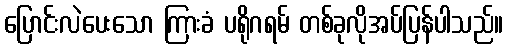
ပြောင်းလဲပေးသော ကြားခံ ပရိုဂရမ် တစ်ခုလိုအပ်ပြန်ပါသည်။